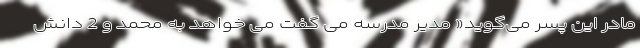
مادر این پسر می‌گوید« مدیر مدرسه می گفت می خواهد به محمد و 2 دانش